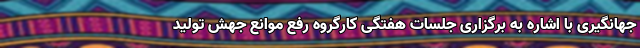
جهانگیری با اشاره به برگزاری جلسات هفتگی کارگروه رفع موانع جهش تولید